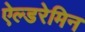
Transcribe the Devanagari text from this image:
ऐल्डरेमिन